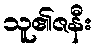
သူ၏ဇနီး